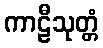
ကာဠီသုတ္တံ